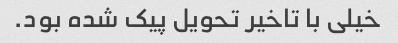
خیلی با تاخیر تحویل پیک شده بود.